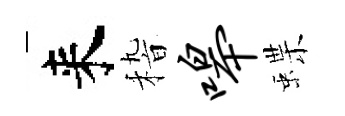
来𥟵嗥蝶